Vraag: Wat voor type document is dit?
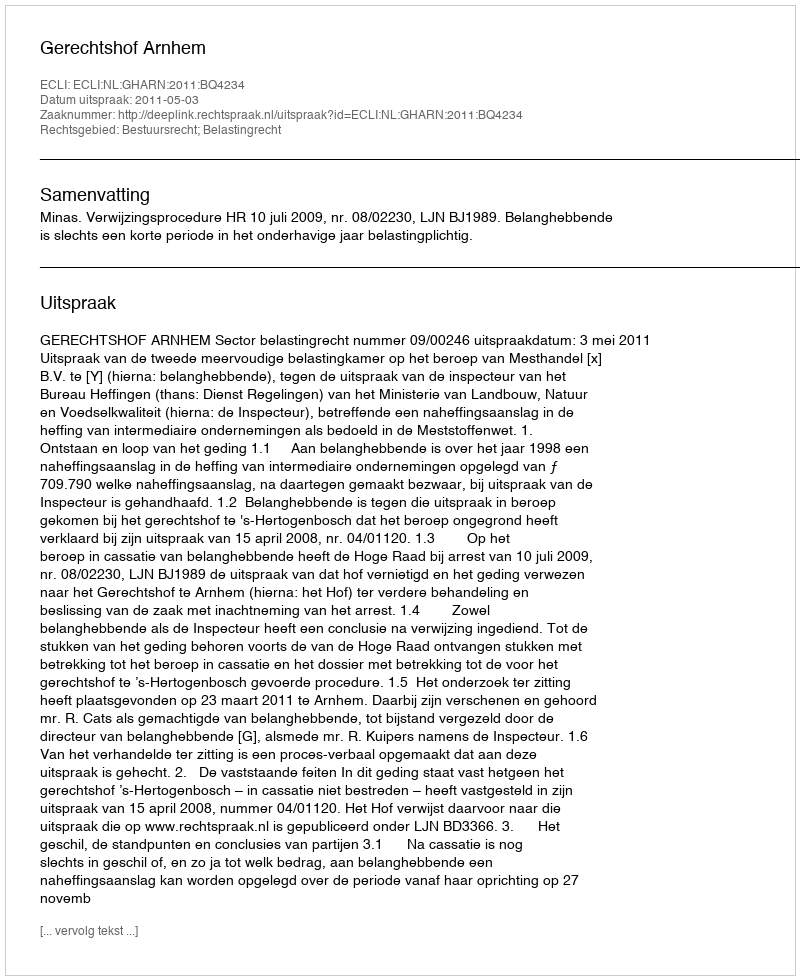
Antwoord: Uitspraak